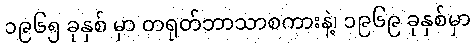
၁၉၆၅ ခုနှစ် မှာ တရုတ်ဘာသာစကားနဲ့၊ ၁၉၆၉ ခုနှစ်မှာ